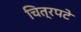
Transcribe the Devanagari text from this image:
चित्रपटे